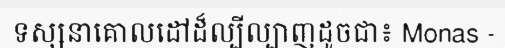
ទស្សនាគោលដៅដ៏ល្បីល្បាញដូចជា៖ Monas -